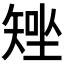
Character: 𥏧